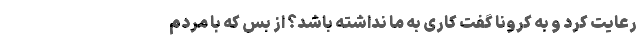
رعایت کرد و به کرونا گفت کاری به ما نداشته باشد؟ از بس که با مردم